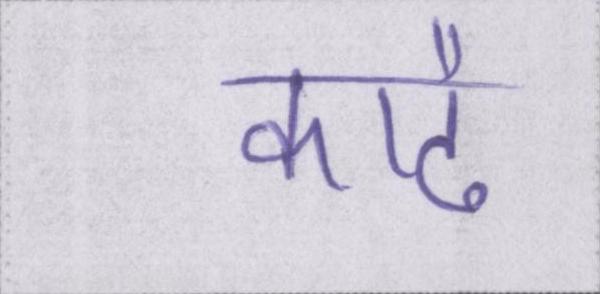
काढै